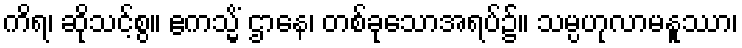
ကိရ၊ ဆိုသင့်စွ။ ဧကသ္မိံ ဌာနေ၊ တစ်ခုသောအရပ်၌။ သမ္ပဟုလာမနူဿာ၊